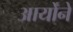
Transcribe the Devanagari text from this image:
आर्योंने